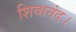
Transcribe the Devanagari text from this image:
शिवानंद।